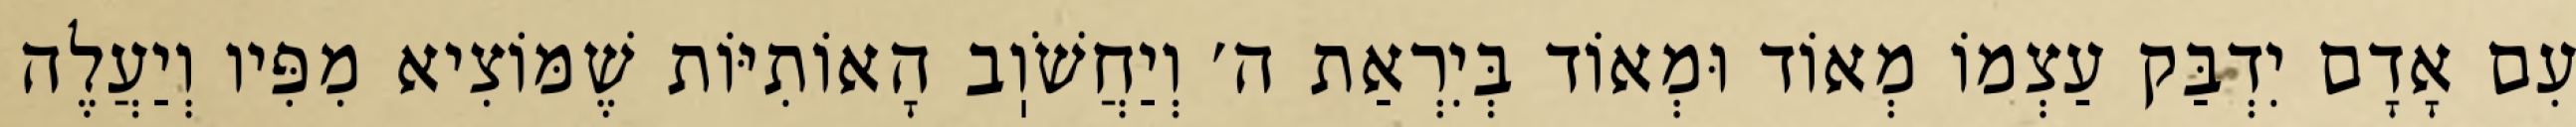
עִם אָדָם יִדְבַּק עַצְמוֹ מְאוֹד וּמְאוֹד בְּיִרְאַת ה׳ וְיַחֲשֹׁוֽב הָאוֹתִיּוֹת שֶׁמּוֹצִיא מִפִּיו וְיַעֲלֶה